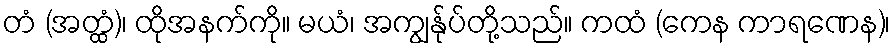
တံ (အတ္ထံ)၊ ထိုအနက်ကို။ မယံ၊ အကျွန်ုပ်တို့သည်။ ကထံ (ကေန ကာရဏေန)၊